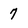
Character: 7